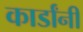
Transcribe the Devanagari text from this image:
कार्डांनी